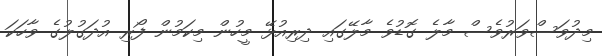
މިދުވަސްވަރުވެސް މާލެ ގޮޑުވެ މާލޭގައި ދިރިއުޅޭ މީހުން މިކަމުން ފޯރި އުދަގުލުގެ ވާހަކަ